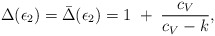
\begin{align*}\Delta(\epsilon_2)=\bar\Delta(\epsilon_2)=1\;+\;{c_V\over c_V-k},\end{align*}